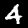
Digit: 4